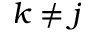
k \neq j